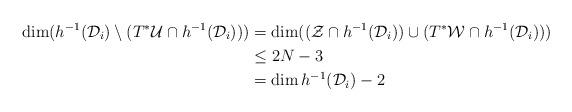
LaTeX: \begin{align*}\dim (h^{-1}(\mathcal{D}_i)\setminus (T^*\mathcal{U} \cap h^{-1}(\mathcal{D}_i))) &= \dim ((\mathcal{Z}\cap h^{-1}(\mathcal{D}_i))\cup (T^*\mathcal{W} \cap h^{-1}(\mathcal{D}_i)) ) \\&\leq 2N - 3 \\&= \dim h^{-1}(\mathcal{D}_i) - 2 \end{align*}